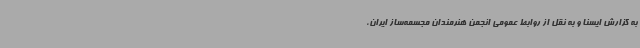
به گزارش ایسنا و به نقل از روابط عمومی انجمن هنرمندان مجسمه‌ساز ایران،